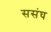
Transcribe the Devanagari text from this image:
ससंघ